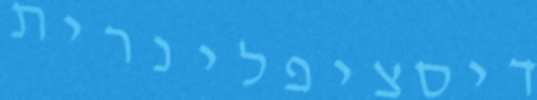
דיסציפלינרית